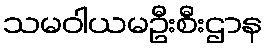
သမဝါယမဦးစီးဌာန